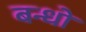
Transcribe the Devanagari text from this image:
बन्धो